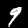
Label: 9